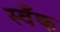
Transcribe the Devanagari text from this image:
स्वँक